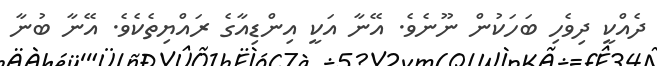
ދެއްކީ ދިވެހި ބަހަކުން ނޫނެވެ. އޭނާ އަކީ އިންޑިއާގެ ރައްޔިތެކެވެ. އޭނާ ބުނާ